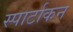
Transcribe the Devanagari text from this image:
स्पार्टाकन